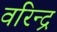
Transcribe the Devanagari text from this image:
वरिन्द्र